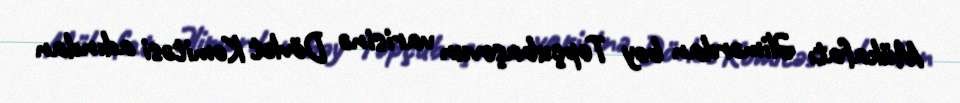
Mükafatı Əlimərdan bəy Topçubaşovun varisinə Dövlət Komitəsi adından